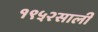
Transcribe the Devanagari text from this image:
१९५२साली